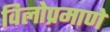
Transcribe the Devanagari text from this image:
विलोप्रमाणे